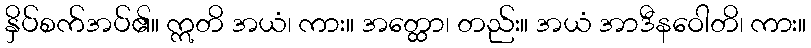
နှိပ်စက်အပ်၏။ ဣတိ အယံ၊ ကား။ အတ္ထော၊ တည်း။ အယံ အာဒီနဝေါတိ၊ ကား။